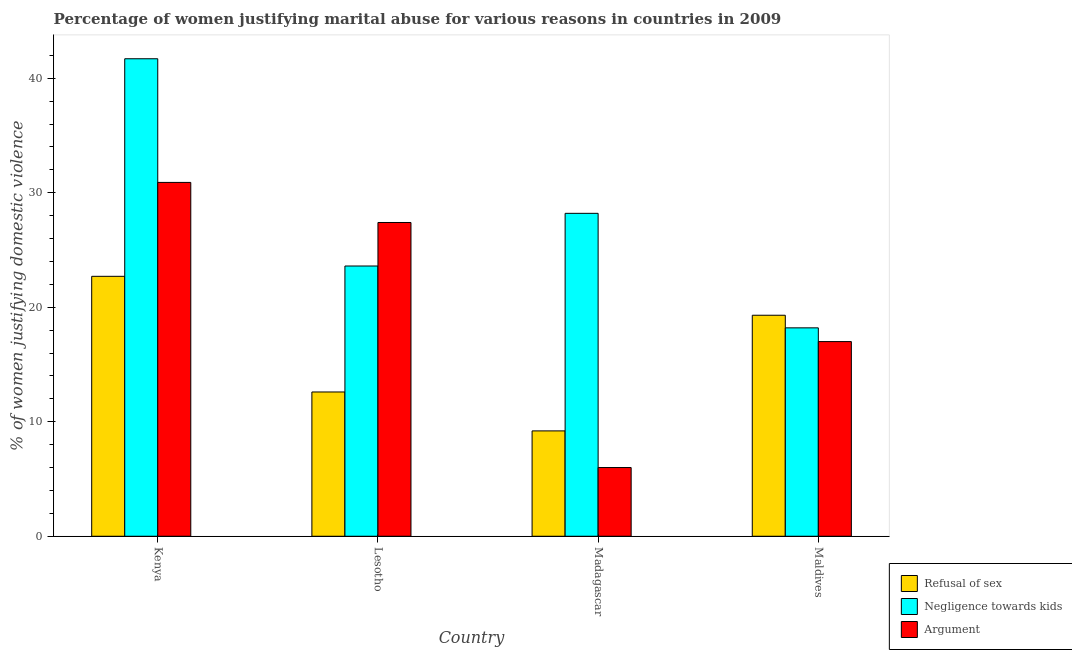
| Country | Refusal of sex | Negligence towards kids | Argument |
 | --- | --- | --- | --- |
 | Kenya | 22.7 | 41.7 | 30.9 |
 | Lesotho | 12.6 | 23.6 | 27.4 |
 | Madagascar | 9.2 | 28.2 | 6 |
 | Maldives | 19.3 | 18.2 | 17 |